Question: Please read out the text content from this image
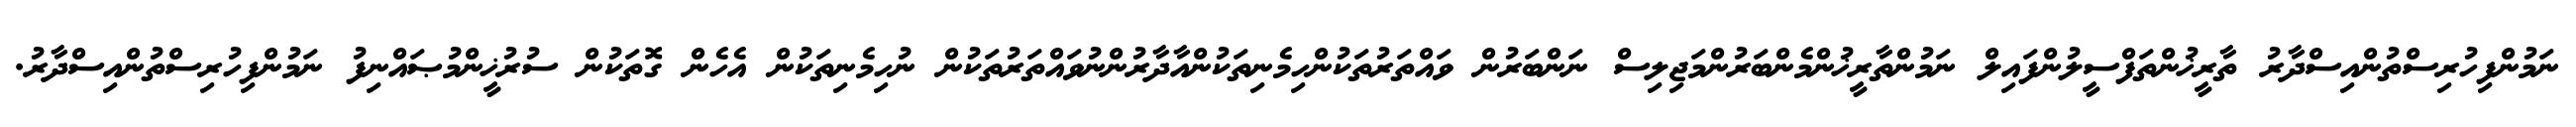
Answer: ނަމުންފިހުރިސްތުންއިސްދާރު ތާރީޚުންތަފްސީލުންފައިލް ނަމުންތާރީޚުންމެންބަރުންމަޖިލިސް ނަންބަރުން ވައްތަރުތަކުންހިމެނިތަކުންއާދާރުންނުވައްތަރުތަކުން ނުހިމެނިތަކުން އެހެން ގޮތަކުން ސުރުޚީންމުޞައްނިފު ނަމުންފިހުރިސްތުންއިސްދާރު.